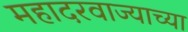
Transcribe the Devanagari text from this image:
महादरवाज्याच्या